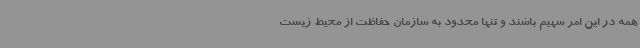
همه در این امر سهیم باشند و تنها محدود به سازمان حفاظت از محیط ‌زیست